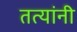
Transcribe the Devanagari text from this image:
तत्यांनी